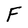
Character: F